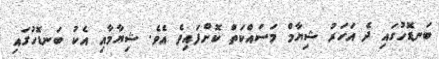
ބަނޑޮހުގައި ދެ އަހަރު ޝިޔާމް މަސައްކަތް ކޮށްފައިވެ އެވެ. ޝިޔާމާއި އެކު ބަނޑޮހުގައި